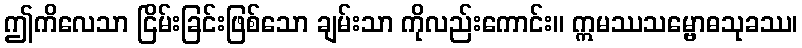
ဤကိလေသာ ငြိမ်းခြင်းဖြစ်သော ချမ်းသာ ကိုလည်းကောင်း။ ဣမဿသမ္ဗောဓသုခဿ၊